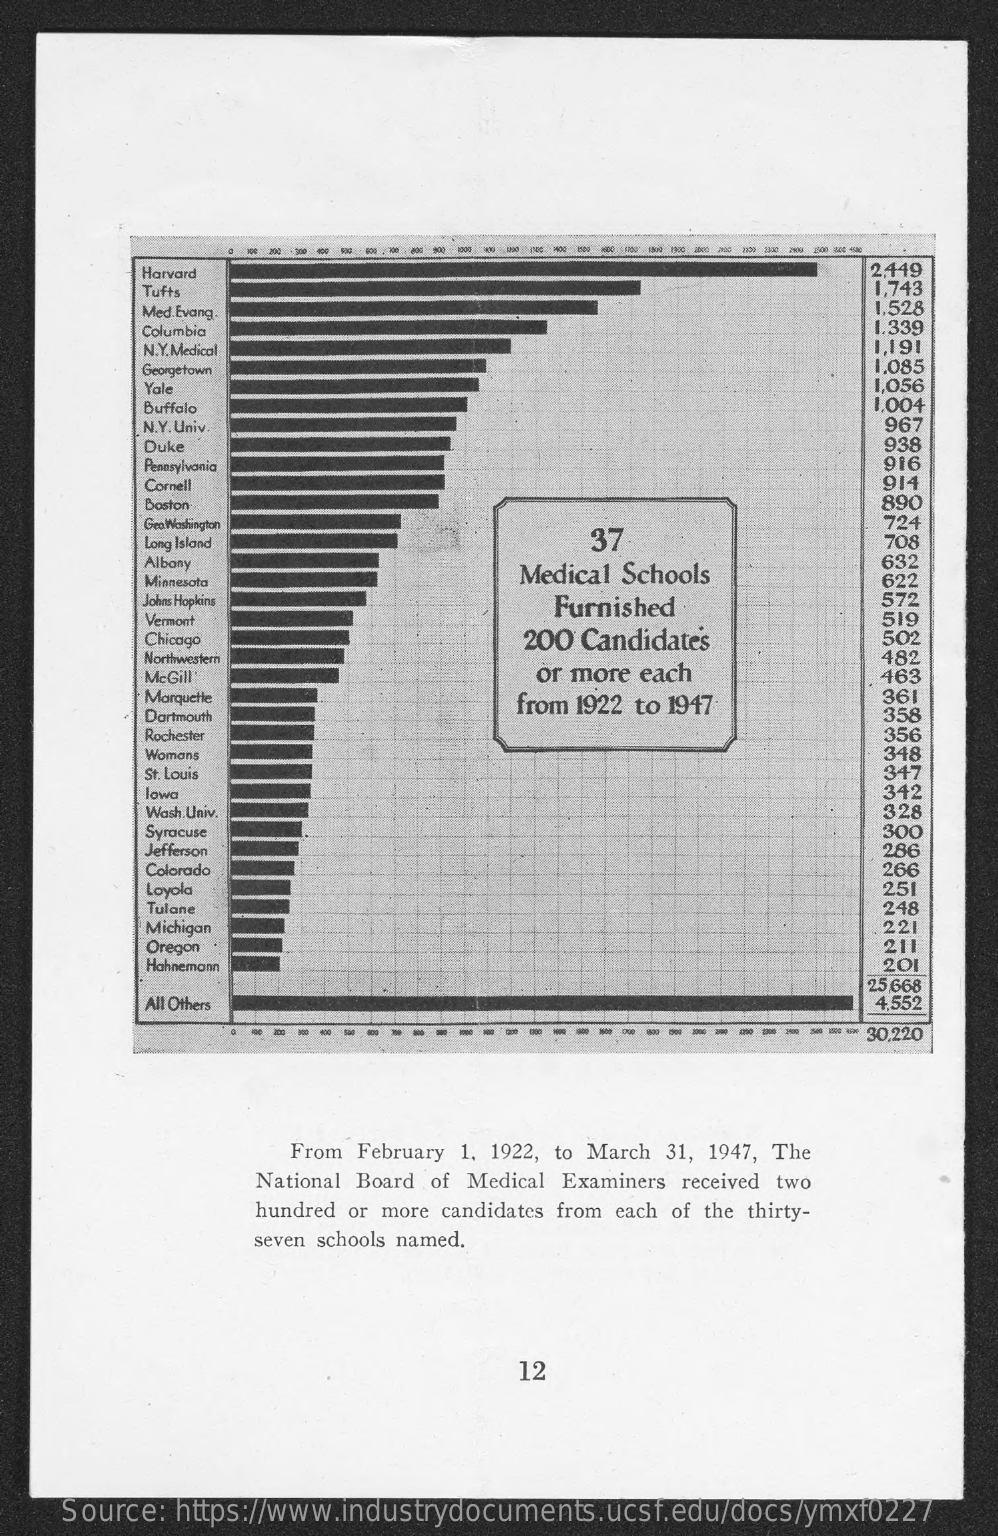
----
     Harvard    2.449
     Tufts    1,743
     Med.Evang.    1.528
     Columbia    .339
     N.Y. Medical    1,191
     Georgetown    1.085
     Yale    1,056
     Buffalo    1.004
     N.Y. Univ.    967
     Duke    938
     Pennsylvania    916
     Cornell    914
     Boston    890
     Geo. Washington
     37
     724
     Long Island    708
     Albany    632
     Minnesota    Medical Schools    622
     Johns Hopkins
     Vermont
     Furnished    572
     200 Candidates
     519
     Chicago    502
     Northwestern
     or more each
     482
     McGill'    463
     Marquette
     Dartmouth
     from 1922 to 1947    361
     358
     Rochester    356
     Womans    348
     St. Louis    347
     lowa    342
     Wash.Univ.    328
     Syracuse    300
     Jefferson    286
     Colorado    266
     Loyola    251
     Tulane
     Michigan
     248
     221
     Oregon    211
     Hahnemann    201
     25,668
     All Others    4,552
     --  ---
     From February 1, 1922, to March 31, 1947, The
     National Board of Medical Examiners received two
     hundred or more candidates from each of the thirty-
     seven schools named.
     12
     Source: https://www.industrydocuments.ucsf.edu/docs/ymxf0227